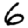
Digit: 6